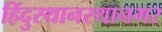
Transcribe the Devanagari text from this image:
हिंदुस्थानस्थानभर